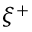
\xi ^ { + }